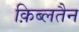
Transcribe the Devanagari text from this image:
क़िब्लतैन